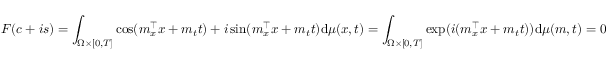
F ( c + i s ) = \int _ { \Omega \times [ 0 , T ] } \cos ( \boldsymbol { m } _ { x } ^ { \top } \boldsymbol { x } + m _ { t } t ) + i \sin ( \boldsymbol { m } _ { x } ^ { \top } \boldsymbol { x } + m _ { t } t ) \mathrm { d } \mu ( x , t ) = \int _ { \Omega \times [ 0 , T ] } \exp ( i ( \boldsymbol { m } _ { x } ^ { \top } \boldsymbol { x } + m _ { t } t ) ) \mathrm { d } \mu ( \boldsymbol { m } , t ) = 0